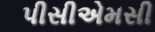
પીસીએમસી